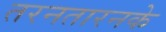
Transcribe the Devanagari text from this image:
तरनतारनके